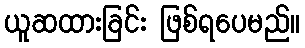
ယူဆထားခြင်း ဖြစ်ရပေမည်။